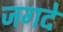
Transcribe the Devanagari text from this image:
जगदे